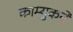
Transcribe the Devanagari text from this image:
काम्युकने